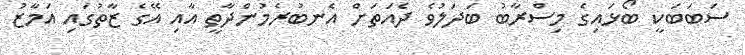
ސަބަބަކީ ބޯޅައިގެ މިސްރާބު ބަދަލުވެ ދެއަތަށް އެނބުރެމުންދާތީ އާއި އޭގެ ޒާތުގައި އަމާޒު